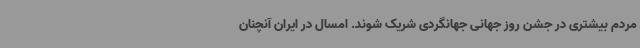
مردم بیشتری در جشن روز جهانی جهانگردی شریک شوند. امسال در ایران آنچنان